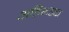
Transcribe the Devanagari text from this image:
अतिभडक